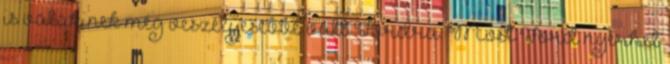
is valakinek még veszélyesebbé vált Fordra. Most Ford nyerhet